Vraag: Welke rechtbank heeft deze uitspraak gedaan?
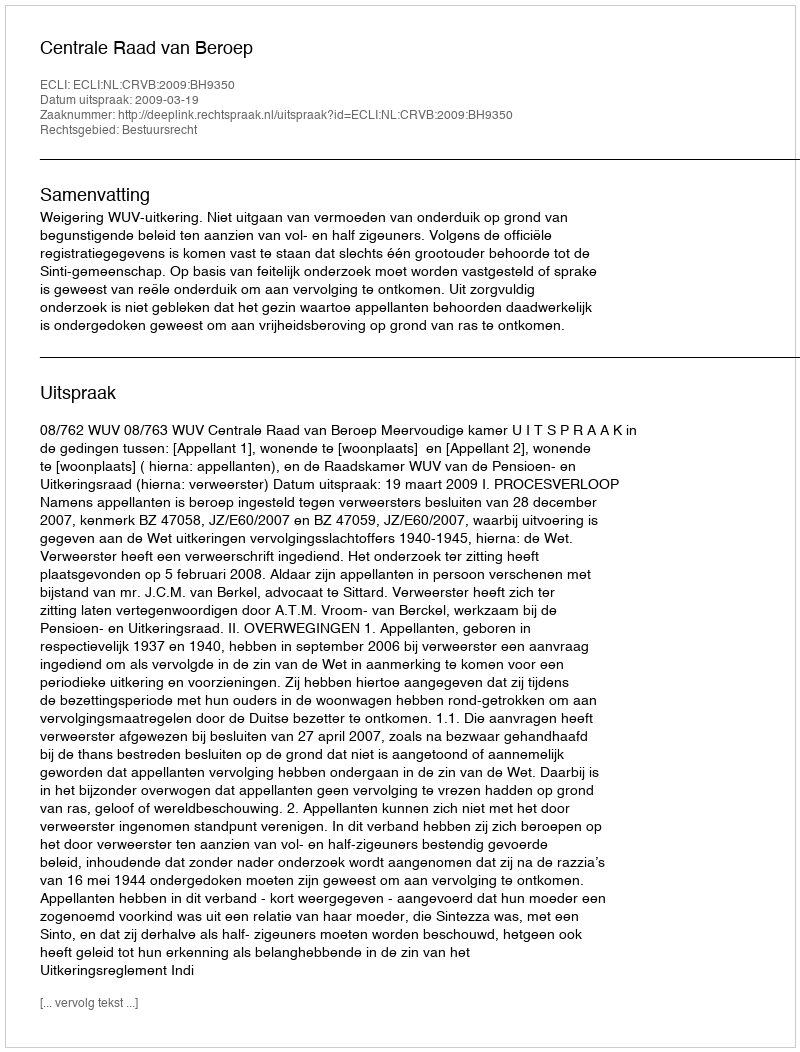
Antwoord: Centrale Raad van Beroep